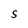
Character: S